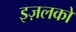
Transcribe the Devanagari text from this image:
इज़लको